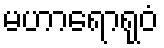
မဟာရောရုဝံ